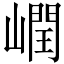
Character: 㠈